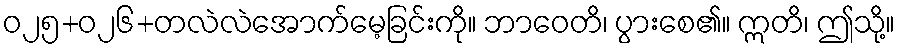
ဝ၂၅+၀၂၆+တလဲလဲအောက်မေ့ခြင်းကို။ ဘာဝေတိ၊ ပွားစေ၏။ ဣတိ၊ ဤသို့။